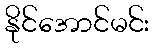
နိုင်အောင်မင်း